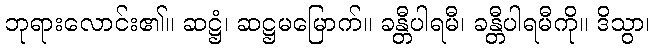
ဘုရားလောင်း၏။ ဆဋ္ဌံ၊ ဆဋ္ဌမမြောက်။ ခန္တီပါရမီ၊ ခန္တီပါရမီကို။ ဒိသွာ၊